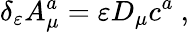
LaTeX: \delta_{\varepsilon}A_{\mu}^{a}=\varepsilon D_{\mu}c^{a}~,